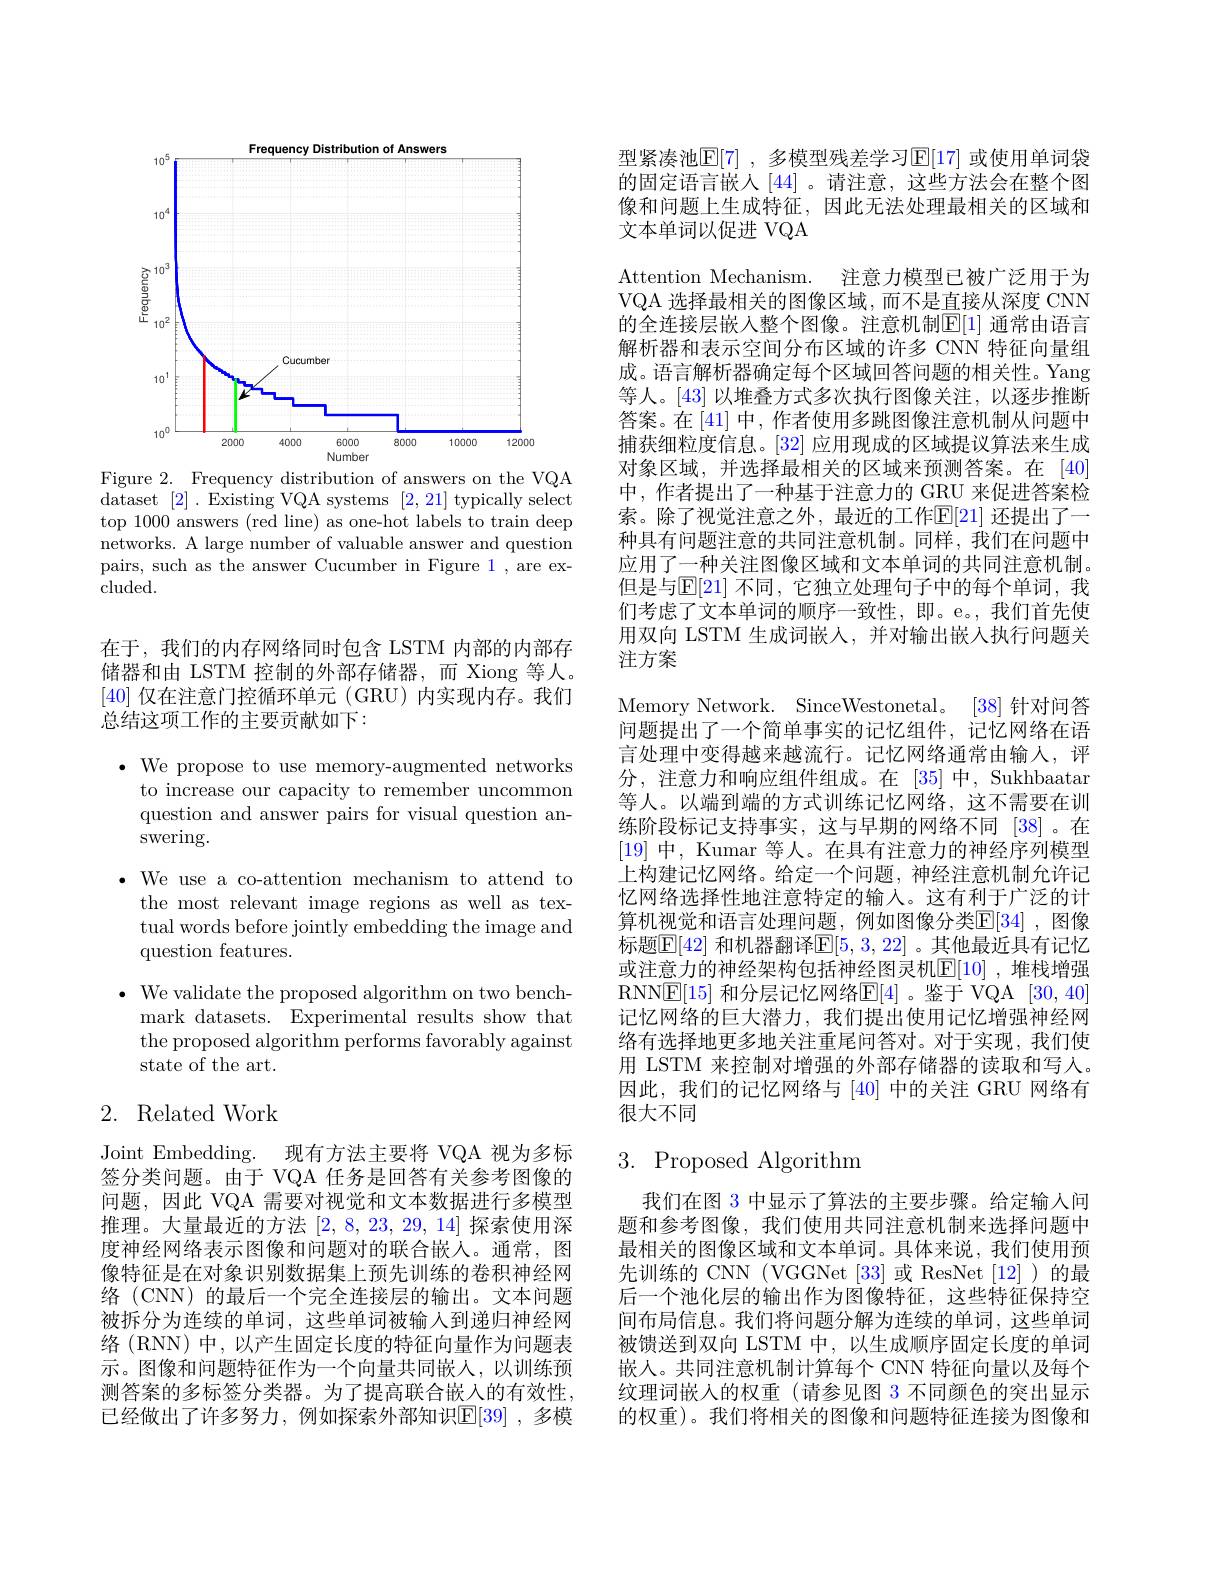
<FigureHere>

Figure 2. Frequency distribution of answers on the VQA dataset [2] .Existing VQA systems [2,21] typically select top 1000 answers (red line) as one-hot labels to train deep networks. A large number of valuable answer and question pairs, such as the answer Cucumber in Figure 1 , are excluded.

在于，我们的内存网络同时包含 LSTM 内部的内部存储器和由 LSTM 控制的外部存储器，而 Xiong 等人。[40]仅在注意门控循环单元 (GRU) 内实现内存。我们总结这项工作的主要贡献如下：

$\bullet$ We propose to use memory-augmented networks
to increase our capacity to remember uncommon question and answer pairs for visual question answering.
$\bullet$ We use a co-attention mechanism to attend to
the most relevant image regions as well as textual words before jointly embedding the image and question features.
$\bullet$ We validate the proposed algorithm on two bench-
mark datasets. Experimental results show that the proposed algorithm performs favorably against state of the art.

# 2. Related Work

Joint Embedding. 现有方法主要将 VQA 视为多标签分类问题。由于 VQA 任务是回答有关参考图像的问题，因此 VQA 需要对视觉和文本数据进行多模型推理。大量最近的方法[2,8,23,29,14]探索使用深度神经网络表示图像和问题对的联合嵌人。通常，图像特征是在对象识别数据集上预先训练的卷积神经网络 (CNN) 的最后一个完全连接层的输出。文本问题被拆分为连续的单词，这些单词被输入到递归神经网络 (RNN) 中，以产生固定长度的特征向量作为问题表示。图像和问题特征作为一个向量共同嵌人，以训练预测答案的多标签分类器。为了提高联合嵌人的有效性， 已经做出了许多努力，例如探索外部知识$\mathbb{E}[39]$ ,多模

型紧凑池$\mathbb{E}[7]$ ,多模型残差学习$\mathbb{E}[17]$ 或使用单词袋的固定语言嵌人[44] 。请注意，这些方法会在整个图像和问题上生成特征，因此无法处理最相关的区域和文本单词以促进 VQA
Attention Mechanism. 注意力模型已被广泛用于为VQA 选择最相关的图像区域，而不是直接从深度 CNN 的全连接层嵌人整个图像。注意机制$\mathbb{E}[1]$ 通常由语言解析器和表示空间分布区域的许多 CNN 特征向量组成。语言解析器确定每个区域回答问题的相关性。Yang 等人。[43]以堆叠方式多次执行图像关注，以逐步推断答案。在[41]中，作者使用多跳图像注意机制从问题中捕获细粒度信息。[32]应用现成的区域提议算法来生成对象区域，并选择最相关的区域来预测答案。在[40] 中，作者提出了一种基于注意力的 GRU 来促进答案检索。除了视觉注意之外，最近的工作$\mathbb{E}[21]$ 还提出了一种具有问题注意的共同注意机制。同样，我们在问题中应用了一种关注图像区域和文本单词的共同注意机制。但是与$\mathbb{E}[21]$ 不同，它独立处理句子中的每个单词，我们考虑了文本单词的顺序一致性，即。e。,我们首先使用双向 LSTM 生成词嵌人，并对输出嵌人执行问题关注方案
Memory Network. SinceWestonetal。[38] 针对间答问题提出了一个简单事实的记忆组件，记忆网络在语言处理中变得越来越流行。记忆网络通常由输人，评分，注意力和响应组件组成。在[35]中，Sukhbaatar 等人。以端到端的方式训练记忆网络，这不需要在训练阶段标记支持事实，这与早期的网络不同[38]。在[19]中，Kumar 等人。在具有注意力的神经序列模型上构建记忆网络。给定一个问题，神经注意机制允许记忆网络选择性地注意特定的输入。这有利于广泛的计算机视觉和语言处理问题，例如图像分类$\mathbb{E}[34]$ ,图像标题$\boxed{\mathrm{F}[42]\text{ 和机器翻译}\mathbb{E}[5,3,22]\text{ 。其他最近具有记忆}}$ 或注意力的神经架构包括神经图灵机$\mathbb{E}[10]$ ,堆栈增强RNN$\overline{\mathbb{E}}[15]$ 和分层记忆网络$\overline{\mathbb{E}}[4]$ 。鉴于 VQA [30,40] 记忆网络的巨大潜力，我们提出使用记忆增强神经网络有选择地更多地关注重尾问答对。对于实现，我们使用 LSTM 来控制对增强的外部存储器的读取和写人。因此，我们的记忆网络与[40]中的关注 GRU 网络有很大不同
3. Proposed Algorithm

我们在图 3 中显示了算法的主要步骤。给定输人问题和参考图像，我们使用共同注意机制来选择问题中最相关的图像区域和文本单词。具体来说，我们使用预先训练的 CNN (VGGNet [33] 或 ResNet [12])的最后一个池化层的输出作为图像特征，这些特征保持空间布局信息。我们将问题分解为连续的单词，这些单词被馈送到双向 LSTM 中，以生成顺序固定长度的单词嵌人。共同注意机制计算每个 CNN 特征向量以及每个纹理词嵌入的权重(请参见图 3 不同颜色的突出显示的权重)。我们将相关的图像和问题特征连接为图像和